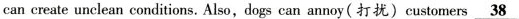
can create unclean conditions.Also,dogs can annoy(打扰) customers\underline{38}